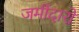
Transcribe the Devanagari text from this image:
जमींदारो